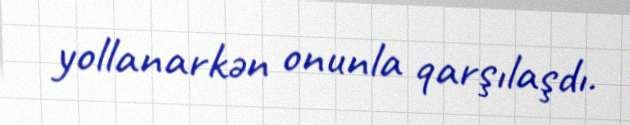
yollanarkən onunla qarşılaşdı.